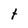
Character: t